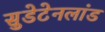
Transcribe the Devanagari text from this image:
सुडेटेनलांड